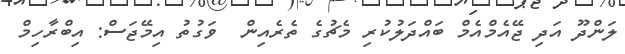
ލަންދޫ އަދި ޖޭއެމްއެމް ބައްދަލުކުރި މެޗުގެ ތެރެއިން  ވަގުތު އިމޭޖަސް: އިބްރާހިމް